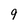
Character: 9